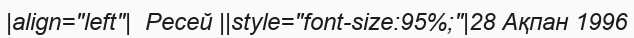
|align="left"|  Ресей ||style="font-size:95%;"|28 Ақпан 1996